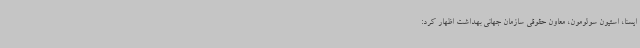
ایسنا، استیون سولومون، معاون حقوقی سازمان جهانی بهداشت اظهار کرد: